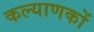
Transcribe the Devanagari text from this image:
कल्याणकों